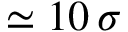
\simeq 1 0 \, \sigma